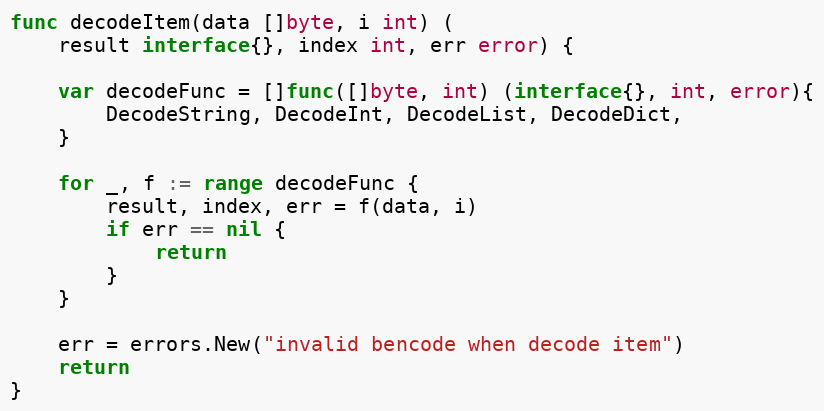
Language: Go
func decodeItem(data []byte, i int) (
	result interface{}, index int, err error) {

	var decodeFunc = []func([]byte, int) (interface{}, int, error){
		DecodeString, DecodeInt, DecodeList, DecodeDict,
	}

	for _, f := range decodeFunc {
		result, index, err = f(data, i)
		if err == nil {
			return
		}
	}

	err = errors.New("invalid bencode when decode item")
	return
}